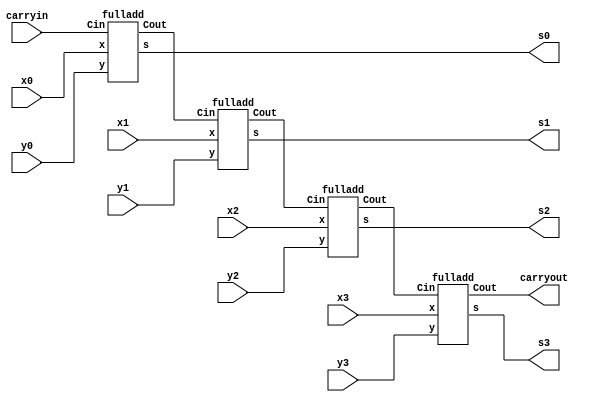
/* four bit adder using a simple adder module */

module bm_DL_four_bit_adder_continuous_assign (carryin, x3, x2, x1, x0, y3, y2, y1, y0, s3, s2, s1, s0, carryout);
	input carryin, x3, x2, x1, x0, y3, y2, y1, y0;
	output s3, s2, s1, s0, carryout;
	
	fulladd stage0 (carryin, x0, y0, s0, c1);
	fulladd stage1 (c1, x1, y1, s1, c2);
	fulladd stage2 (c2, x2, y2, s2, c3);
	fulladd stage3 (c3, x3, y3, s3, carryout);
		
endmodule

module fulladd (Cin, x, y, s, Cout);
	input Cin, x, y;
	output s, Cout;
	
	assign s = x ^ y ^ Cin;
	assign Cout = (x & y) | (x & Cin) | (y & Cin);
		    
endmodule